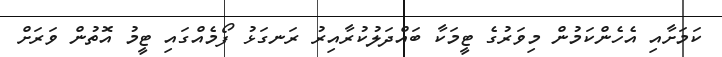
ކަމަށާއި އެހެންކަމުން މިވަރުގެ ޓީމަކާ ބައްދަލުކުރާއިރު ރަނގަޅު ފޯމެއްގައި ޓީމު އޮތުން ވަރަށް